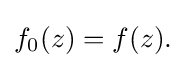
\displaystyle {f_{0}(z)=f(z).}